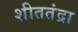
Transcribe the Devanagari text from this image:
शीततंद्रा